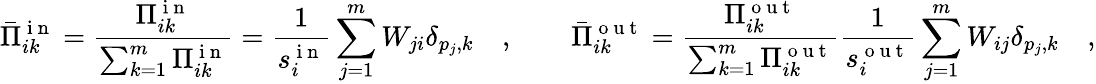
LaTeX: \bar{\Pi}_{ik}^{\mathrm{~i~n~}}=\frac{\Pi_{ik}^{\mathrm{~i~n~}}}{\sum_{k=1}^{m}\Pi_{ik}^{\mathrm{~i~n~}}}=\frac{1}{s_{i}^{\mathrm{~i~n~}}}\sum_{j=1}^{m}W_{ji}\delta_{p_{j},k}\quad,\qquad\bar{\Pi}_{ik}^{\mathrm{~o~u~t~}}=\frac{\Pi_{ik}^{\mathrm{~o~u~t~}}}{\sum_{k=1}^{m}\Pi_{ik}^{\mathrm{~o~u~t~}}}\frac{1}{s_{i}^{\mathrm{~o~u~t~}}}\sum_{j=1}^{m}W_{ij}\delta_{p_{j},k}\quad,